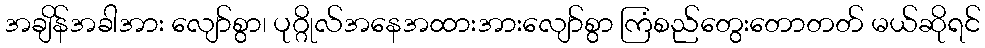
အချိန်အခါအား လျော်စွာ၊ ပုဂ္ဂိုလ်အနေအထားအားလျော်စွာ ကြံစည်တွေးတောတတ် မယ်ဆိုရင်